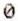
0